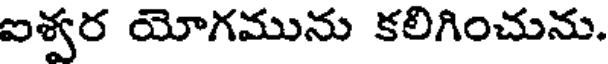
ఐశ్వర యోగమును కలిగించును.